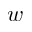
w